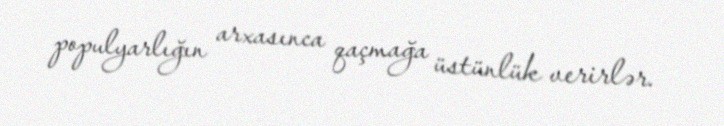
populyarlığın arxasınca qaçmağa üstünlük verirlər.